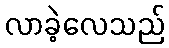
လာခဲ့လေသည်